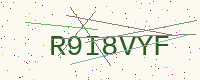
Text: R9I8VYF